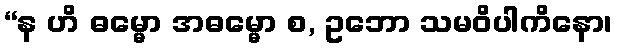
“န ဟိ ဓမ္မော အဓမ္မော စ, ဥဘော သမဝိပါကိနော၊